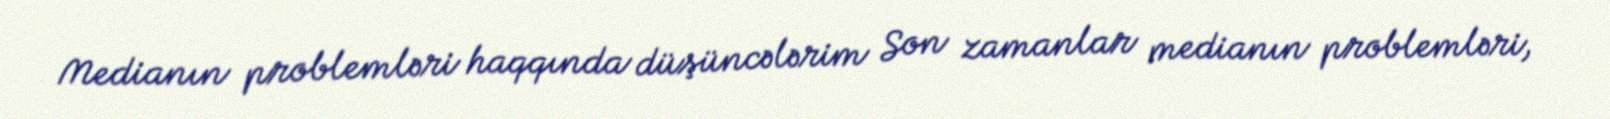
Medianın problemləri haqqında düşüncələrim Son zamanlar medianın problemləri,